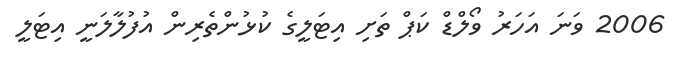
2006 ވަނަ އަހަރު ވޯލްޑް ކަޕް ތަށި އިޓަލީގެ ކުޅުންތެރިން އުފުލާލަނީ އިޓަލީ